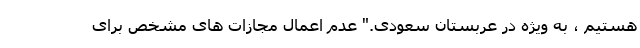
هستیم ، به ویژه در عربستان سعودی." عدم اعمال مجازات های مشخص برای